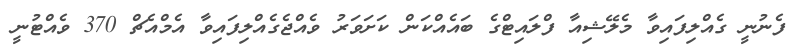
ފެނުނީ ގެއްލިފައިވާ މެލޭޝިއާ ފްލައިޓްގެ ބައެއްކަން ކަށަވަރު ވެއްޖެގެއްލިފައިވާ އެމްއެޗް 370 ވެއްޓުނީ